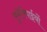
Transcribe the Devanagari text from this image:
सुमेरियाईयों